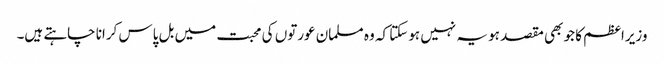
وزیراعظم کا جو بھی مقصد ہو یہ نہیں ہوسکتا کہ وہ مسلمان عورتوں کی محبت میں بل پاس کرانا چاہتے ہیں۔